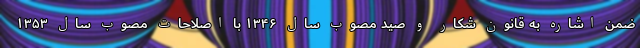
ضمن اشاره به قانون شکار و صید مصوب سال ۱۳۴۶ با اصلاحات مصوب سال ۱۳۵۳